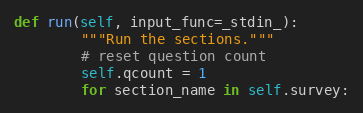
Language: Python
def run(self, input_func=_stdin_):
        """Run the sections."""
        # reset question count
        self.qcount = 1
        for section_name in self.survey: